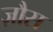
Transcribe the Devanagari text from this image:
ज़ौस